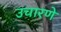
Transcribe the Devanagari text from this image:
उचारणे